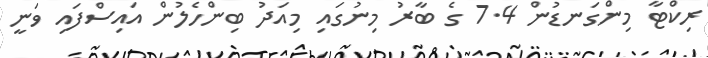
ރިކްޓާ މިންގަނޑުން 7.4 ގެ ބާރު މިނުގައި މިއަދު ބިންހެލުން އައިސްފައި ވަނީ